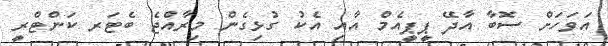
އަވަހަށް ސޮބާ އާދޭ ޕީޕީއެމް އާއި އެކު ގުޅިގެން މިރާއްޖެ ބެޓަރ ކަންޓްރީ